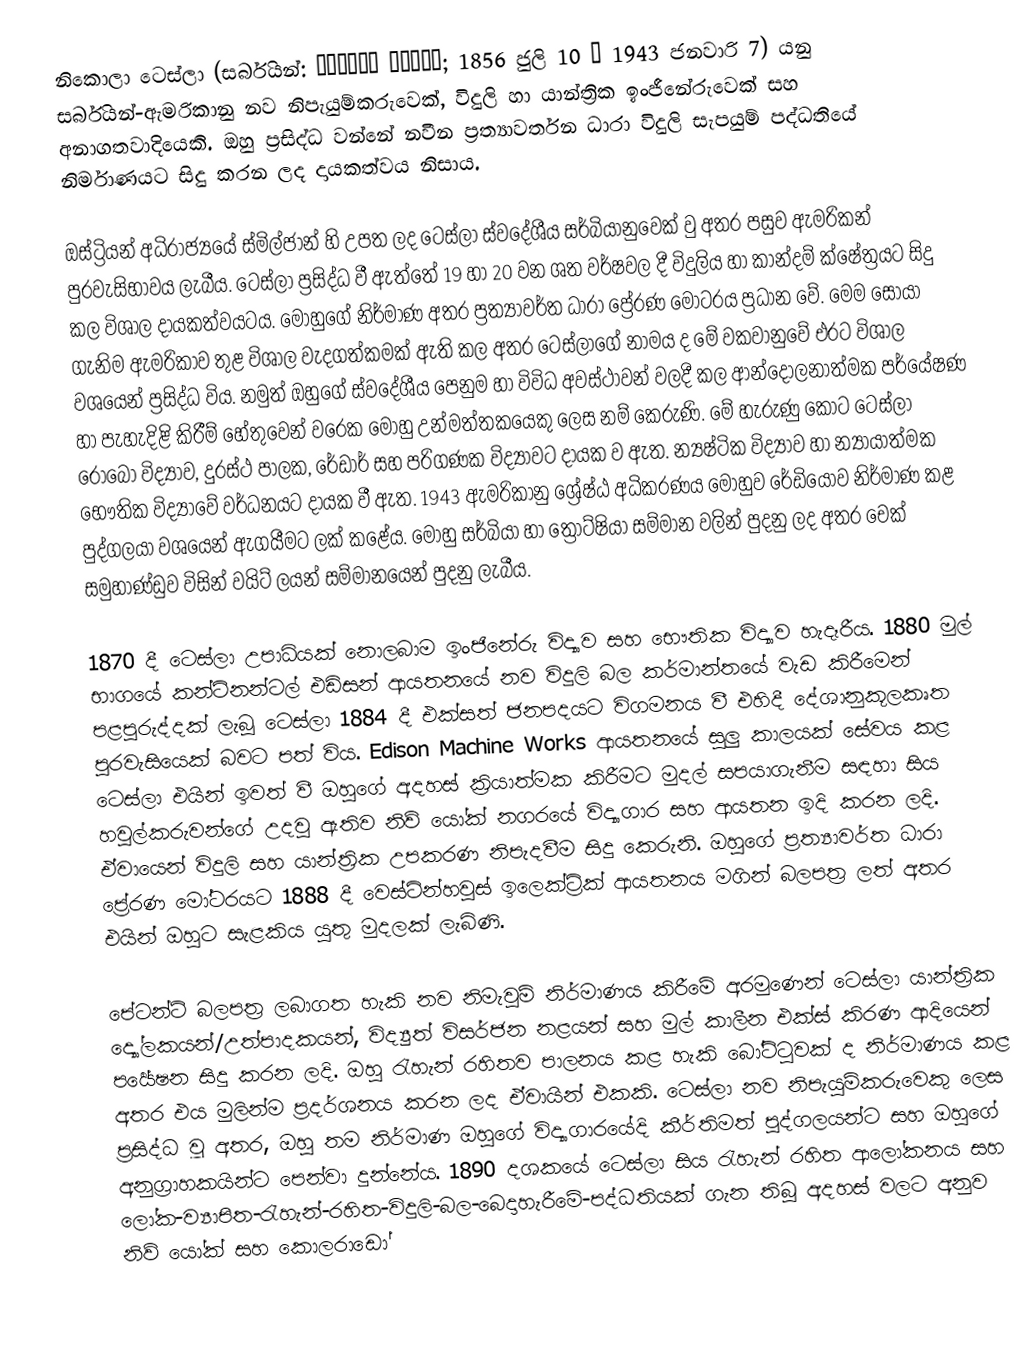
නිකොලා ටෙස්ලා (සර්බියන්: Никола Тесла; 1856 ජුලි 10 – 1943 ජනවාරි 7) යනු සර්බියන්-ඇමරිකානු නව නිපැයුම්කරුවෙක්, විදුලි හා යාන්ත්‍රික ඉංජීනේරුවෙක් සහ අනාගතවාදියෙකි. ඔහු ප්‍රසිද්ධ වන්නේ නවීන ප්‍රත්‍යාවර්තන ධාරා විදුලි සැපයුම් පද්ධතියේ නිර්මාණයට සිදු කරන ලද දායකත්වය නිසාය.

ඔස්ට්‍රියන් අධිරාජ්‍යයේ ස්මිල්ජාන් හි උපත ලද ටෙස්ලා ස්වදේශීය සර්බියානුවෙක් වු අතර පසුව ඇමරිකන් පුරවැසිභාවය ලැබීය. ටෙස්ලා ප්‍රසිද්ධ වී ඇත්තේ 19 හා 20 වන ශත වර්ෂවල දී විදුලිය හා කාන්දම් ක්ෂේත්‍රයට සිදු කල විශාල දායකත්වයටය. මොහුගේ නිර්මාණ අතර ප්‍රත්‍යාවර්ත ධාරා ප්‍රේරණ මෝටරය ප්‍රධාන වේ. මෙම සොයා ගැනිම ඇමරිකාව තුළ විශාල වැදගත්කමක් ඇති කල අතර ටෙස්ලාගේ නාමය ද මේ වකවානුවේ එරට විශාල වශයෙන් ප්‍රසිද්ධ විය. නමුත් ඔහුගේ ස්වදේශීය පෙනුම හා විවිධ අවස්ථාවන් වලදී කල ආන්දෝලනාත්මක පර්යේෂණ හා පැහැදිළි කිරීම් හේතුවෙන් වරෙක මොහු උන්මත්තකයෙකු ලෙස නම් කෙරුණි. මේ හැරුණු කොට ටෙස්ලා රොබෝ විද්‍යාව, දුරස්ථ පාලක, රේඩාර් සහ පරිගණක විද්‍යාවට දායක ව ඇත. න්‍යෂ්ටික විද්‍යාව හා න්‍යායාත්මක භෞතික විද්‍යාවේ වර්ධනයට දායක වී ඇත. 1943 ඇමරිකානු ශ්‍රේෂ්ඨ අධිකරණය මොහුව රේඩියෝව නිර්මාණ කළ පුද්ගලයා වශයෙන් ඇගයීමට ලක් කළේය. මොහු සර්බියා හා ත්‍රෝට්ෂියා සම්මාන වලින් පුදනු ලද අතර චෙක් සමුහාණ්ඩුව විසින් වයිට් ලයන් සම්මානයෙන් පුදනු ලැබීය.

1870 දී ටෙස්ලා උපාධියක් නොලබාම ඉංජිනේරු විද්‍යාව සහ භෞතික විද්‍යාව හැදෑරීය. 1880 මුල් භාගයේ කන්ටිනන්ටල් එඩිසන් ආයතනයේ නව විදුලි බල කර්මාන්තයේ වැඩ කිරීමෙන් පළපුරුද්දක් ලැබූ ටෙස්ලා 1884 දී එක්සත් ජනපදයට විගමනය වී එහිදී දේශානුකූලකෘත පුරවැසියෙක් බවට පත් විය. Edison Machine Works ආයතනයේ සුලු කාලයක් සේවය කළ ටෙස්ලා එයින් ඉවත් වී ඔහුගේ අදහස් ක්‍රියාත්මක කිරීමට මුදල් සපයාගැනීම සඳහා සිය හවුල්කරුවන්ගේ උදවු ඇතිව නිව් යෝක් නගරයේ විද්‍යාගාර සහ ආයතන ඉදි කරන ලදි. ඒවායෙන් විදුලි සහ යාන්ත්‍රික උපකරණ නිපැදවීම සිදු කෙරුනි. ඔහුගේ ප්‍රත්‍යාවර්ත ධාරා ප්‍රේරණ මෝටරයට 1888 දී වෙස්ටින්හවුස් ඉලෙක්ට්‍රික් ආයතනය මගින් බලපත්‍ර ලත් අතර එයින් ඔහුට සැළකිය යුතු මුදලක් ලැබිණි.

පේටන්ට් බලපත්‍ර ලබාගත හැකි නව නිමැවුම් නිර්මාණය කිරීමේ අරමුණෙන් ටෙස්ලා යාන්ත්‍රික ද්‍යෝලකයන්/උත්පාදකයන්, විද්‍යුත් විසර්ජන නළයන් සහ මුල් කාලීන එක්ස් කිරණ ආදියෙන් පර්‍යේෂන සිදු කරන ලදි. ඔහු රැහැන් රහිතව පාලනය කළ හැකි බෝට්ටුවක් ද නිර්මාණය කළ අතර එය මුලින්ම ප්‍රදර්ශනය කරන ලද ඒවායින් එකකි. ටෙස්ලා නව නිපැයුම්කරුවෙකු ලෙස ප්‍රසිද්ධ වූ අතර, ඔහු තම නිර්මාණ ඔහුගේ විද්‍යාගාරයේදි කීර්තිමත් පුද්ගලයන්ට සහ ඔහුගේ අනුග්‍රාහකයින්ට පෙන්වා දුන්නේය. 1890 දශකයේ ටෙස්ලා සිය රැහැන් රහිත ආලෝකනය සහ ලෝක-ව්‍යාපිත-රැහැන්-රහිත-විදුලි-බල-බෙදාහැරීමේ-පද්ධතියක් ගැන තිබූ අදහස් වලට අනුව නිව් යෝක් සහ කොලරාඩෝ